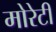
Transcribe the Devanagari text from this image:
मोरेटी